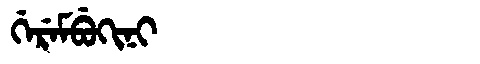
Manchu: ᡤᡝᡵᡝᠮᠪᡠᡴᡳᠨᡳ
Romanization: GEREMBUKINI